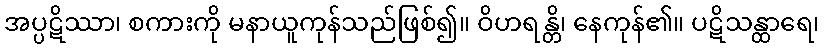
အပ္ပဋိဿာ၊ စကားကို မနာယူကုန်သည်ဖြစ်၍။ ဝိဟရန္တိ၊ နေကုန်၏။ ပဋိသန္ထာရေ၊